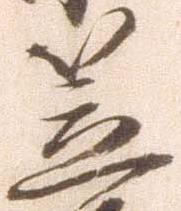
笠